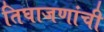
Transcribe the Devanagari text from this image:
तिघाजणांची